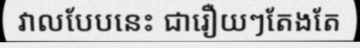
វាលបែបនេះ ជារឿយៗតែងតែ